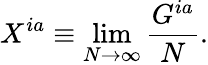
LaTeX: X^{ia}\equiv\operatorname*{lim}_{N\rightarrow\infty}{\frac{G^{ia}}{N}}.